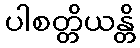
ပါစတ္တိယန္တိ